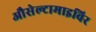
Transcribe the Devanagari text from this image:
औसेल्टामाइविर